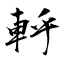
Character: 軤